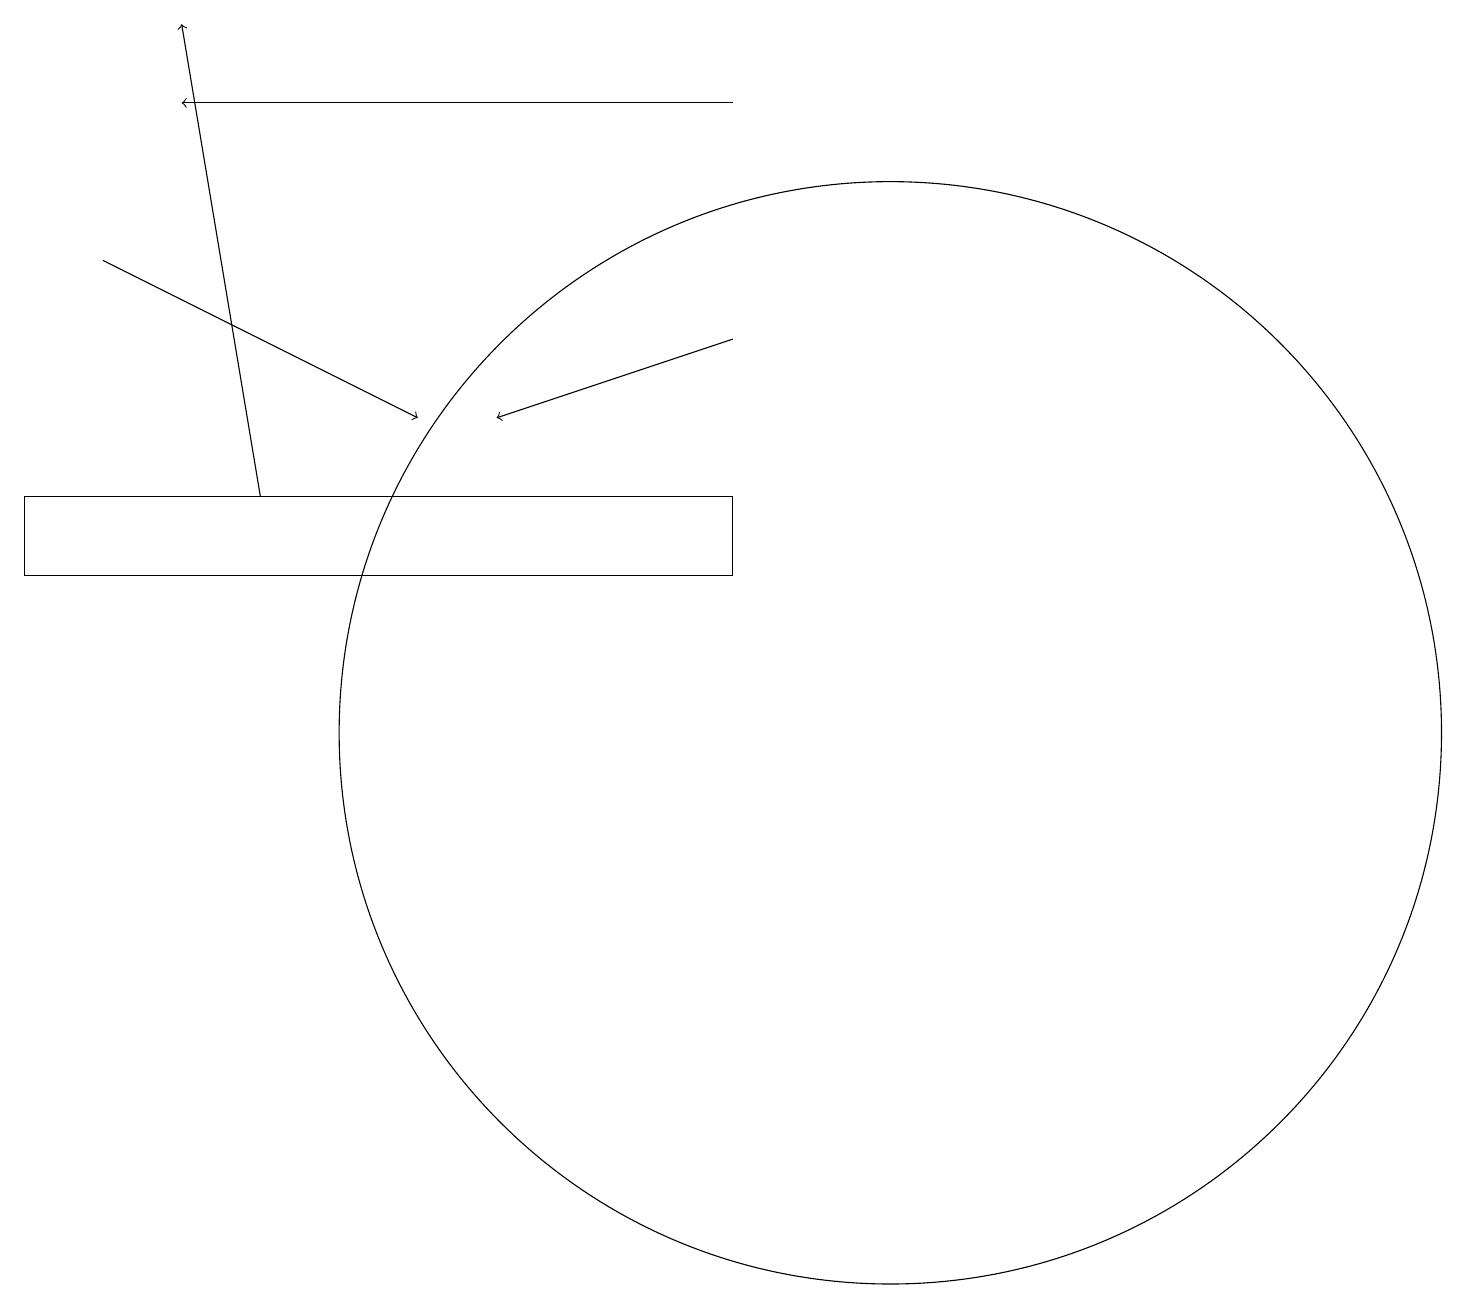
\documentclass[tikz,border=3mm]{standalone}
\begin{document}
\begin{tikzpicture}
\draw[->] (9,15) -- (6,14);
\draw[->] (3,13) -- (2,19);
\draw (11,10) circle (7);
\draw[->] (1,16) -- (5,14);
\draw[->] (9,18) -- (2,18);
\draw (9,12) rectangle (0,13);
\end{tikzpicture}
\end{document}